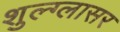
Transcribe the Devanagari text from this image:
शुल्‍ग्‍लासर